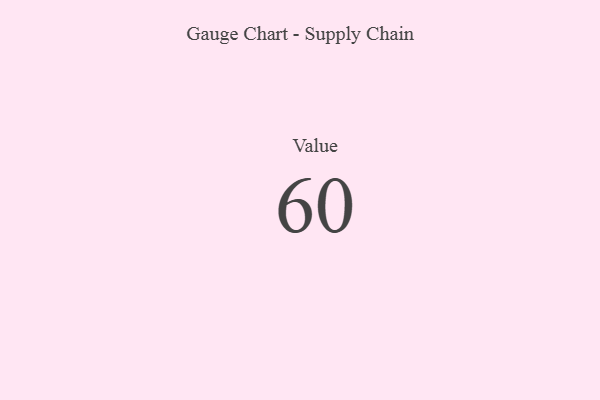
{"axis": {"x": "Metric", "y": "Value"}, "legend": [""], "data": [{"x": "Value", "y": 60, "type": ""}]}